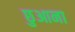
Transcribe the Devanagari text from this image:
छुआना